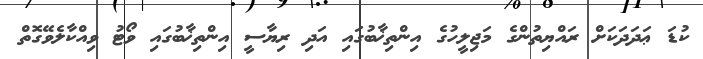
ކުޑަ ޢަދަދަކަށް ރައްޔިތުންގެ މަޖިލީހުގެ އިންތިޚާބުގައި އަދި ރިޔާސީ އިންތިޚާބުގައި ވޯޓު ވިއްކާލެވޭގޮތް